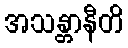
အသန္တာနီတိ